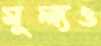
মূল্যও